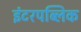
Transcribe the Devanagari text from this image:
इंटरपब्लिक